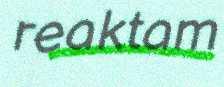
reaktam